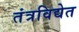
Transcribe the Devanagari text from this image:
तंत्रविद्येत